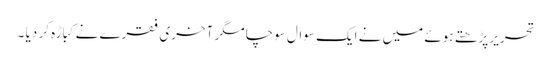
تحریر پڑھتے ہوئے میں نے ایک سوال سوچا مگر آخری فقرے نے کباڑہ کر دیا ۔